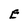
Character: E